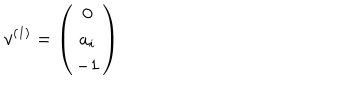
v ^ { ( 1 ) } = \left( \begin{array} { c c c } { { 0 } } \\ { { a _ { i } } } \\ { { - 1 } } \\ \end{array} \right)